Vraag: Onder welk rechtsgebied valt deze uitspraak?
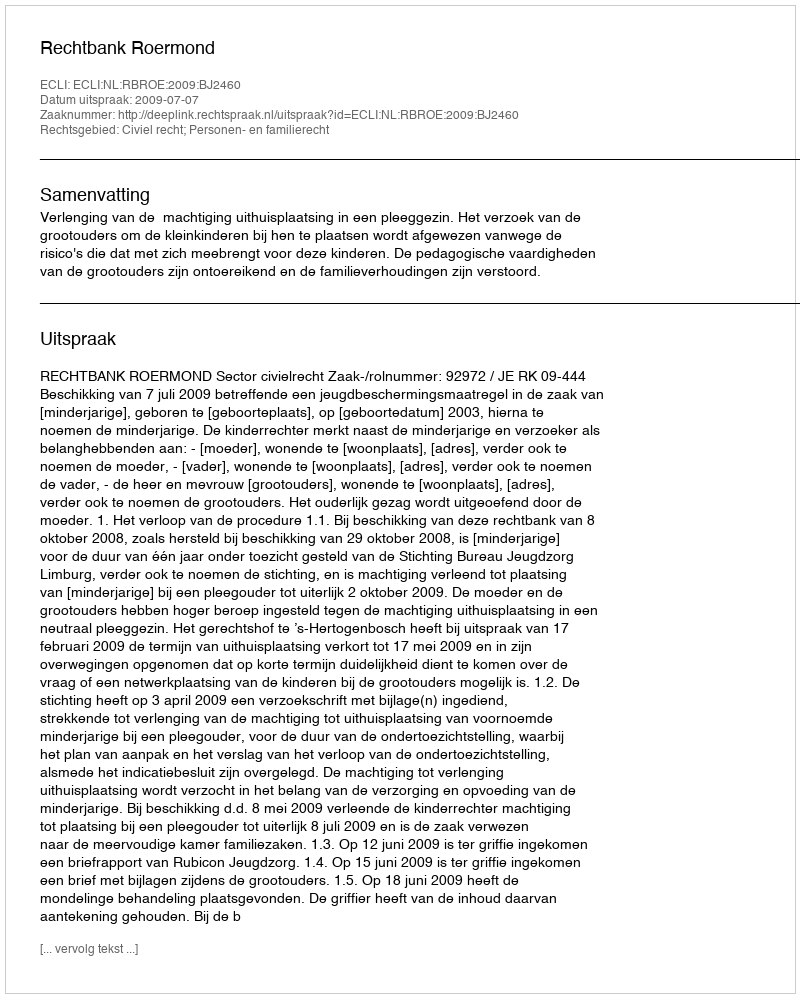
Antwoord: Civiel recht; Personen- en familierecht